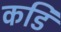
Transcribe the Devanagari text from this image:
कडि